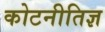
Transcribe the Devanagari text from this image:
कोटनीतिज्ञ